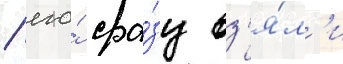
/ его́ сра́зу вз'я́л'и